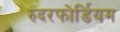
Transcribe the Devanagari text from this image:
रुदरफोर्डियम